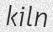
kiln